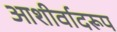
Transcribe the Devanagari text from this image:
आशीर्वादरूप